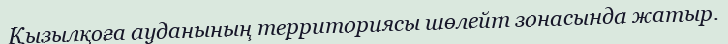
Қызылқоға ауданының территориясы шөлейт зонасында жатыр.